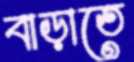
বাড়াতে